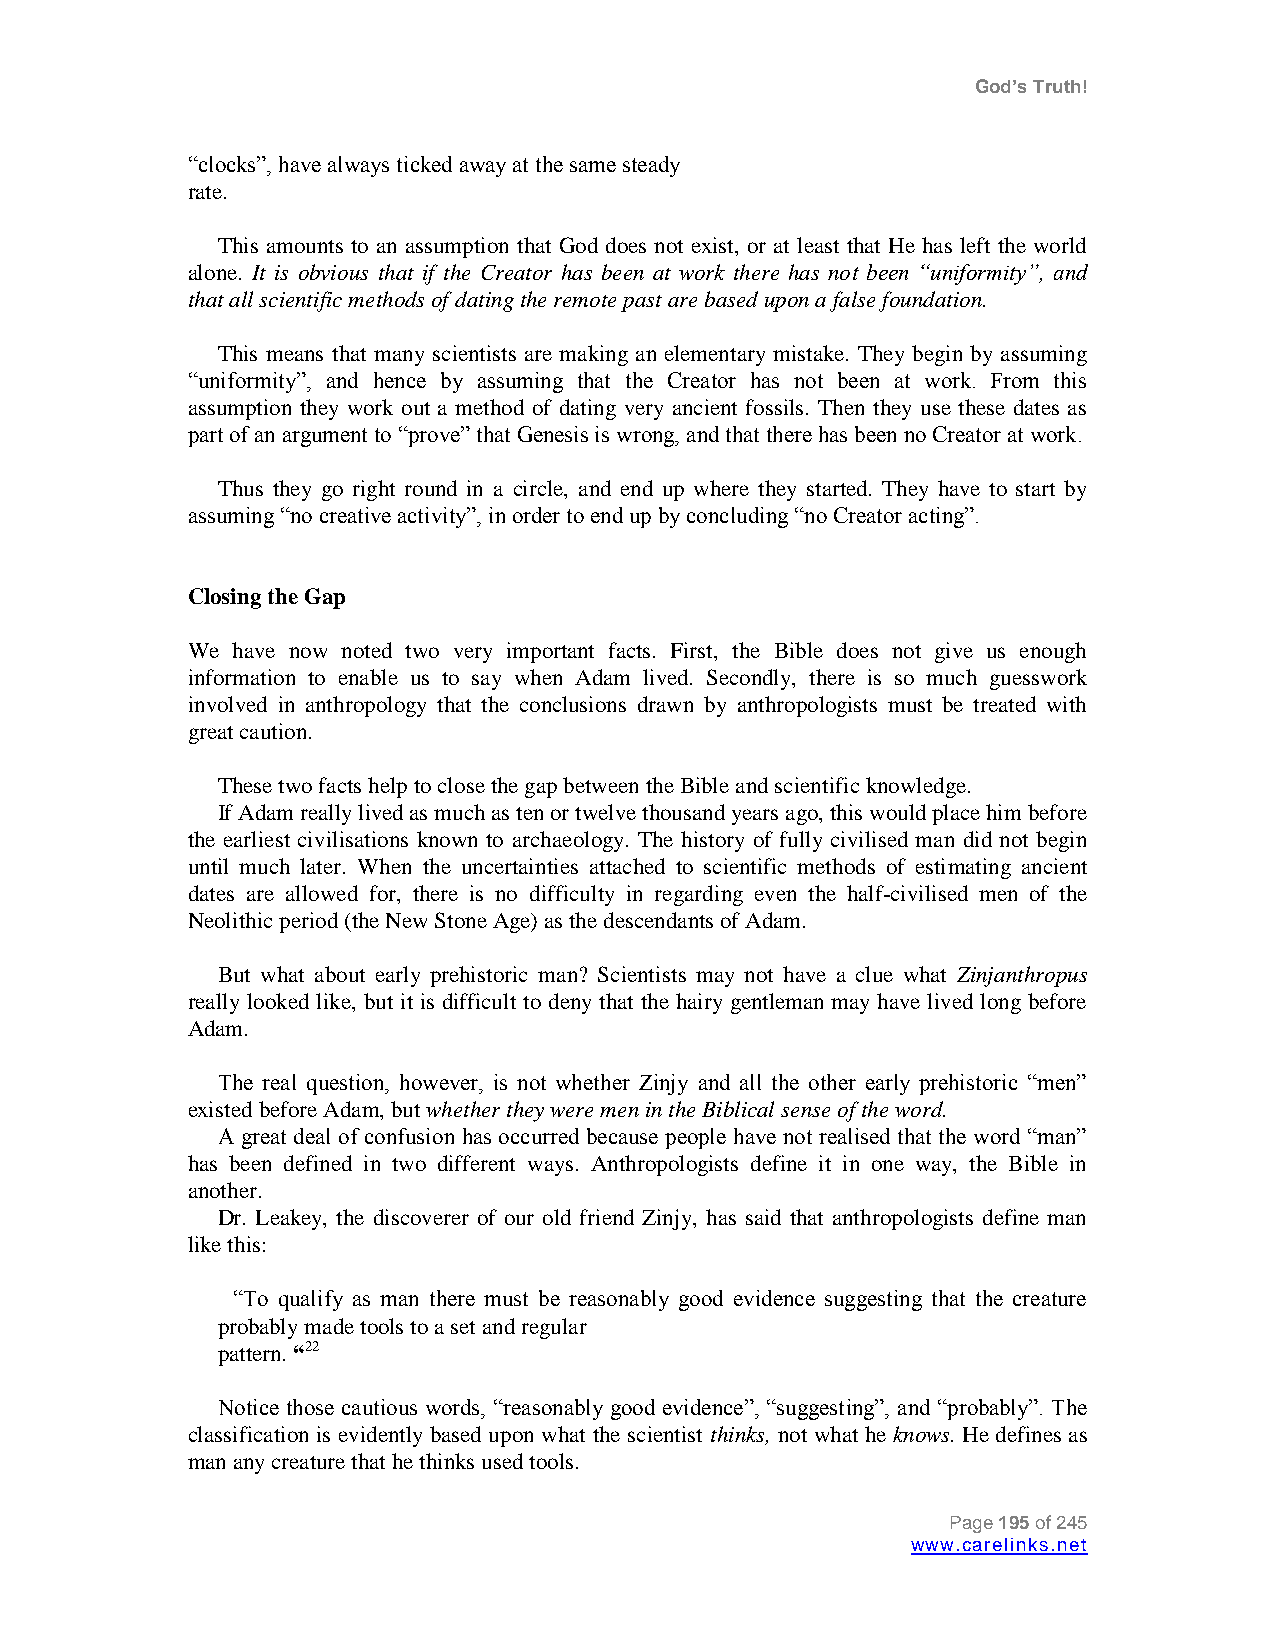
God’s Truth!
 “clocks”, have always ticked away at the same steady
 rate.
 This amounts to an assumption that God does not exist, or at least that He has left the world
 alone. It is obvious that if the Creator has been at work there has not been “uniformity”, and
 that all scientific methods of dating the remote past are based upon a false foundation.
 This means that many scientists are making an elementary mistake. They begin by assuming
 “uniformity”, and hence by assuming that the Creator has not been at work. From this
 assumption they work out a method of dating very ancient fossils. Then they use these dates as
 part of an argument to “prove” that Genesis is wrong, and that there has been no Creator at work.
 Thus they go right round in a circle, and end up where they started. They have to start by
 assuming “no creative activity”, in order to end up by concluding “no Creator acting”.
 Closing the Gap
 We have now noted two very important facts. First, the Bible does not give us enough
 information to enable us to say when Adam lived. Secondly, there is so much guesswork
 involved in anthropology that the conclusions drawn by anthropologists must be treated with
 great caution.
 These two facts help to close the gap between the Bible and scientific knowledge.
 If Adam really lived as much as ten or twelve thousand years ago, this would place him before
 the earliest civilisations known to archaeology. The history of fully civilised man did not begin
 until much later. When the uncertainties attached to scientific methods of estimating ancient
 dates are allowed for, there is no difficulty in regarding even the half-civilised men of the
 Neolithic period (the New Stone Age) as the descendants of Adam.
 But what about early prehistoric man? Scientists may not have a clue what Zinjanthropus
 really looked like, but it is difficult to deny that the hairy gentleman may have lived long before
 Adam.
 The real question, however, is not whether Zinjy and all the other early prehistoric “men”
 existed before Adam, but whether they were men in the Biblical sense of the word.
 A great deal of confusion has occurred because people have not realised that the word “man”
 has been defined in two different ways. Anthropologists define it in one way, the Bible in
 another.
 Dr. Leakey, the discoverer of our old friend Zinjy, has said that anthropologists define man
 like this:
 “To qualify as man there must be reasonably good evidence suggesting that the creature
 probably made tools to a set and regular
 pattern. “22
 Notice those cautious words, “reasonably good evidence”, “suggesting”, and “probably”. The
 classification is evidently based upon what the scientist thinks, not what he knows. He defines as
 man any creature that he thinks used tools.
 Page 195 of 245
 www.carelinks.net